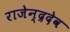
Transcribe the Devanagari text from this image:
राजेन्द्रदेव